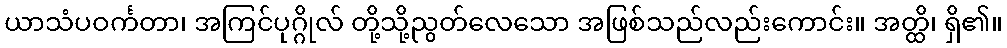
ယာသံပဝင်္ကတာ၊ အကြင်ပုဂ္ဂိုလ် တို့သို့ညွတ်လေသော အဖြစ်သည်လည်းကောင်း။ အတ္ထိ၊ ရှိ၏။